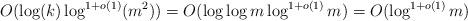
LaTeX: \begin{align*}O(\log(k)\log^{1+o(1)}(m^2))=O(\log\log{m}\log^{1+o(1)}{m})=O(\log^{1+o(1)}{m})\end{align*}